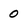
Character: 0